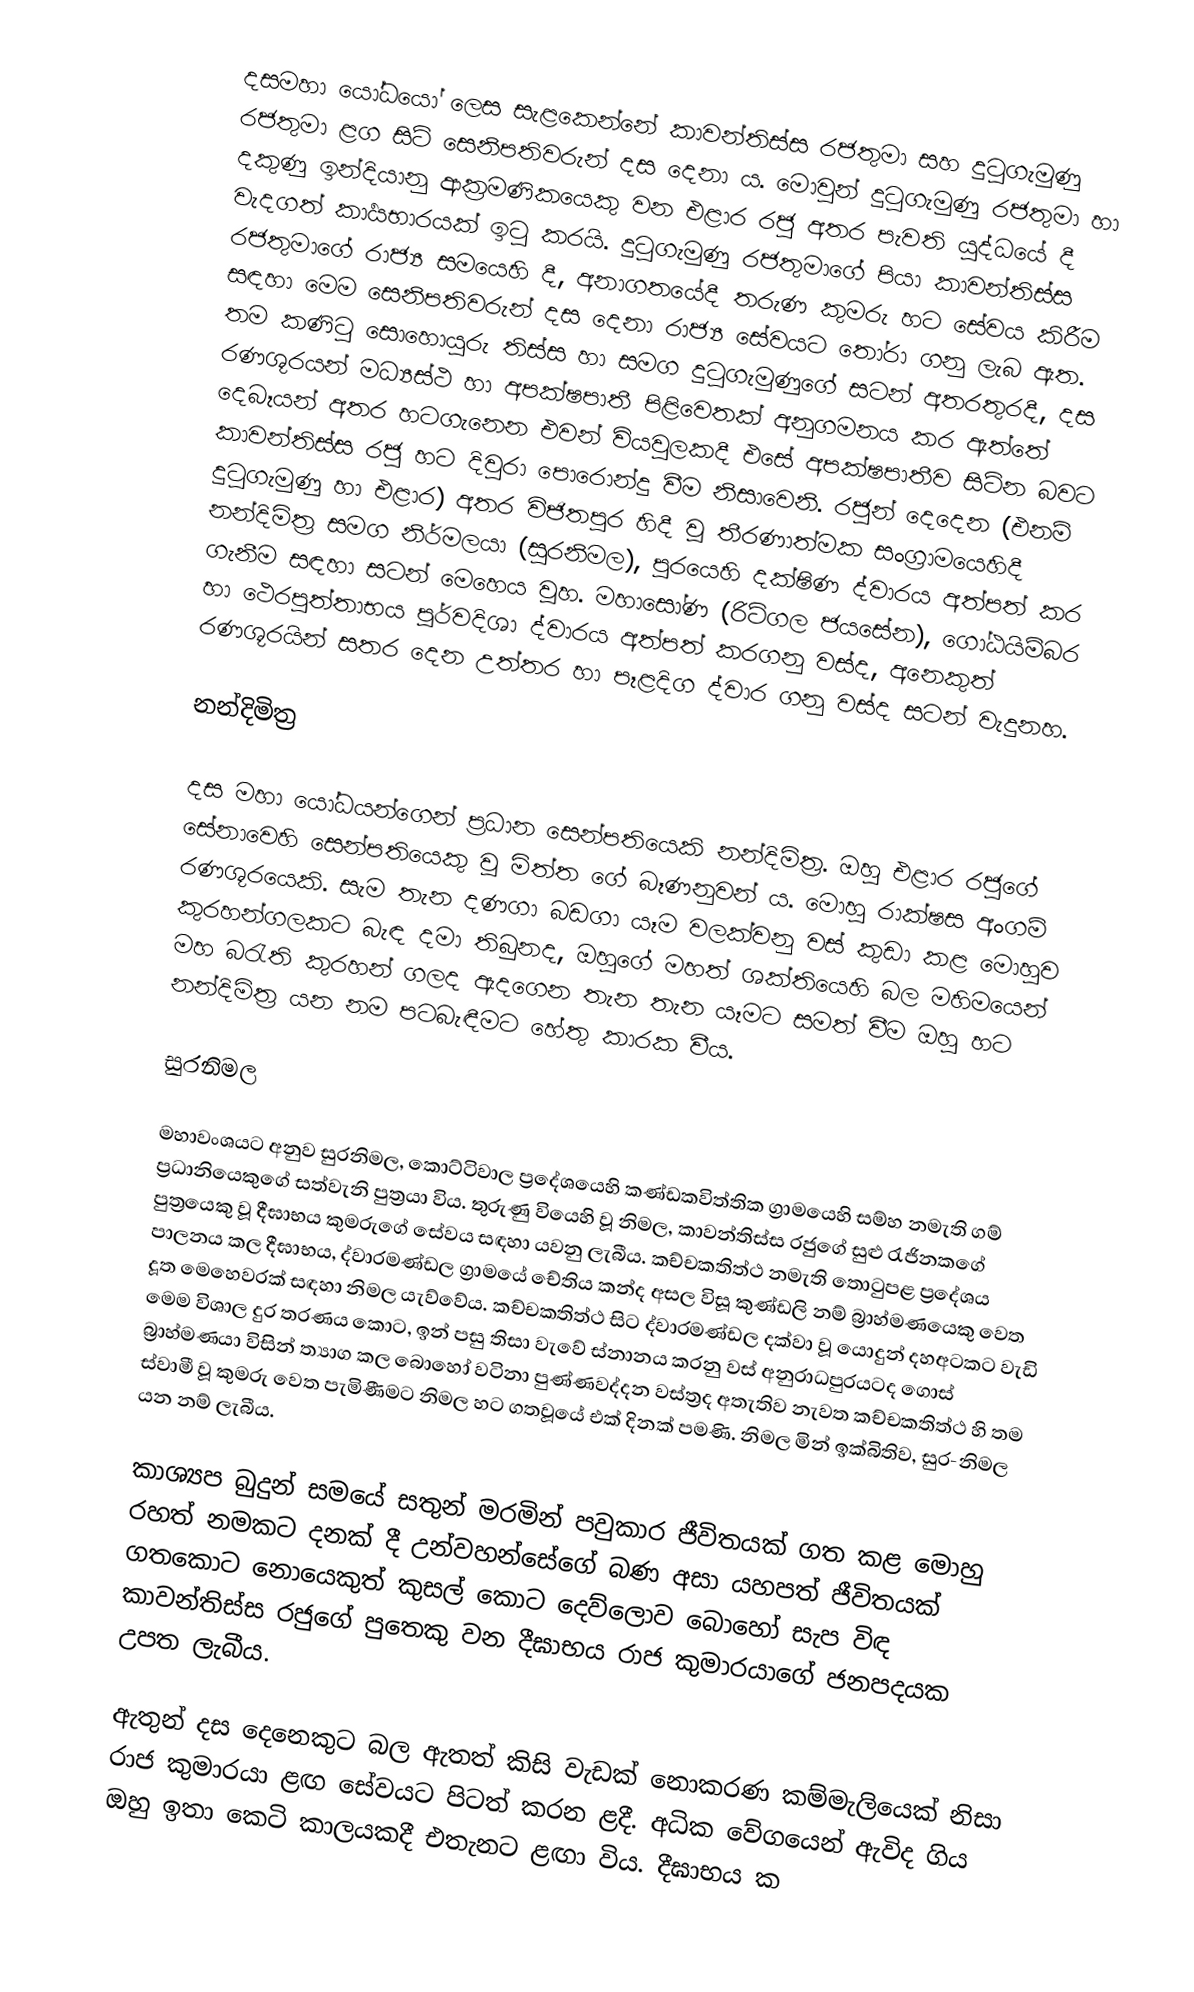
දසමහා යෝධයෝ ලෙස සැළකෙන්නේ කාවන්තිස්ස රජතුමා සහ දුටුගැමුණු රජතුමා ළග සිටි සෙනිපතිවරුන් දස දෙනා ය. මොවුන් දුටුගැමුණු රජතුමා හා දකුණු ඉන්දියානු ආක්‍රමණිකයෙකු වන එළාර රජු අතර පැවති යුද්ධයේ දී වැදගත් කාර්‍යභාරයක් ඉටු කරයි. දුටුගැමුණු රජතුමාගේ පියා කාවන්තිස්ස රජතුමාගේ රාජ්‍ය සමයෙහි දී, අනාගතයේදී තරුණ කුමරු හට සේවය කිරීම සඳහා මෙම සෙනිපතිවරුන් දස දෙනා රාජ්‍ය සේවයට තෝරා ගනු ලැබ ඇත. තම කණිටු සොහොයුරු  තිස්ස හා සමග දුටුගැමුණුගේ සටන් අතරතුරදී, දස රණශූරයන් මධ්‍යස්ථ හා අපක්ෂපාතී  පිළිවෙතක් අනුගමනය කර ඇත්තේ දෙබෑයන් අතර හටගැනෙන එවන් වියවුලකදී එසේ අපක්ෂපාතීව සිටින බවට කාවන්තිස්ස රජු හට දිවුරා පොරොන්දු වීම නිසාවෙනි. රජුන් දෙදෙන (එනම් දුටුගැමුණු හා එළාර) අතර විජිතපුර හිදී වූ තීරණාත්මක සංග්‍රාමයෙහිදී නන්දිමිත්‍ර සමග නිර්මලයා (සුරනිමල), පුරයෙහි දක්ෂිණ ද්වාරය අත්පත් කර ගැනීම සඳහා සටන් මෙහෙය වූහ. මහාසෝණ (රිටිගල ජයසේන), ගෝඨයිම්බර හා ථෙරපුත්තාභය පූර්වදිශා ද්වාරය අත්පත් කරගනු වස්ද,  අනෙකුත් රණශූරයින් සතර දෙන උත්තර හා පෑළදිග ද්වාර ගනු වස්ද සටන් වැදුනහ.

නන්දිමිත්‍ර

දස මහා යෝධයන්ගෙන් ප්‍රධාන සෙන්පතියෙකි නන්දිමිත්‍ර. ඔහු එළාර රජුගේ සේනාවෙහි සෙන්පතියෙකු වූ මිත්ත ගේ බෑණනුවන් ය. මොහු රාක්ෂස අංගම් රණශූරයෙකි. සැම තැන දණගා බඩගා යෑම වලක්වනු වස් කුඩා කළ මොහුව කුරහන්ගලකට බැඳ දමා තිබුනද,  ඔහුගේ මහත් ශක්තියෙහි බල මහිමයෙන් මහ බරැති කුරහන් ගලද ඇදගෙන තැන තැන යෑමට සමත් වීම ඔහු හට නන්දිමිත්‍ර යන නම පටබැඳීමට හේතු කාරක වීය.

සුරනිමල

මහාවංශයට අනුව සුරනිමල, කොට්ටිවාල ප්‍රදේශයෙහි කණ්ඩකවිත්තික ග්‍රාමයෙහි සම්හ නමැති ගම් ප්‍රධානියෙකුගේ සත්වැනි පුත්‍රයා විය. තුරුණු වියෙහි වූ නිමල, කාවන්තිස්ස රජුගේ සුළු රැජිනකගේ පුත්‍රයෙකු වූ දීඝාභය කුමරුගේ සේවය සඳහා යවනු ලැබීය. කච්චකතිත්ථ නමැති තොටු‍පළ ප්‍රදේශය පාලනය කල දීඝාභය, ද්වාරමණ්ඩල ග්‍රාමයේ චේතිය කන්ද අසල විසූ කුණ්ඩලි නම් බ්‍රාහ්මණයෙකු වෙත දූත මෙහෙවරක් සඳහා නිමල යැව්වේය. කච්චකතිත්ථ සිට ද්වාරමණ්ඩල දක්වා වූ යොදුන් දහඅටකට වැඩි මෙම විශාල දුර තරණය කොට, ඉන් පසු තිසා වැවේ ස්නානය කරනු වස් අනුරාධපුරයටද ගොස් බ්‍රාහ්මණයා විසින් ත්‍යාග කල බොහෝ වටිනා පුණ්ණවද්දන වස්ත්‍රද අතැතිව නැවත කච්චකතිත්ථ හි තම ස්වාමී වූ කුමරු වෙත පැමිණීමට නිමල හට ගතවූයේ එක් දිනක් පමණි. නිමල මින් ඉක්බිතිව, සුර-නිමල යන නම් ලැබීය.

කාශ්‍යප බුදුන් සමයේ සතුන් මරමින් පවුකාර ජීවිතයක් ගත කළ මොහු රහත් නමකට දනක් දී උන්වහන්සේගේ බණ අසා යහපත් ජීවිතයක් ගතකොට නොයෙකුත් කුසල් කොට දෙව්ලොව බොහෝ සැප විඳ කාවන්තිස්ස රජුගේ පුතෙකු වන දීඝාභය රාජ කුමාරයාගේ ජනපදයක උපත ලැබීය.

ඇතුන් දස දෙනෙකුට බල ඇතත් කිසි වැඩක් නොකරණ කම්මැලියෙක් නිසා රාජ කුමාරයා ළඟ සේවයට පිටත් කරන ළදී. අධික වේගයෙන් ඇවිද ගිය ඔහු ඉතා කෙටි කාලයකදී එතැනට ළඟා විය. දීඝාභය ක